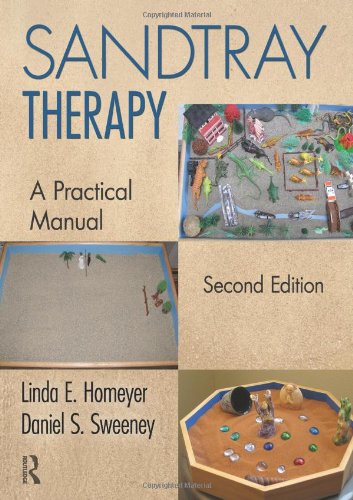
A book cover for Sandtray Therapy: A Practical Manual, Second Edition; Linda E. Homeyer; Medical Books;